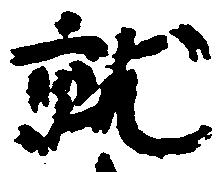
就